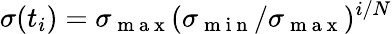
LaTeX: \sigma(t_{i})=\sigma_{\mathrm{~m~a~x~}}(\sigma_{\mathrm{~m~i~n~}}/\sigma_{\mathrm{~m~a~x~}})^{i/N}